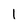
Character: I